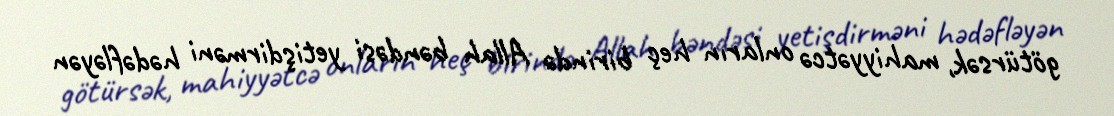
götürsək, mahiyyətcə onların heç birində Allah bəndəsi yetişdirməni hədəfləyən